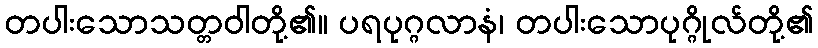
တပါးသောသတ္တဝါတို့၏။ ပရပုဂ္ဂလာနံ၊ တပါးသောပုဂ္ဂိုလ်တို့၏